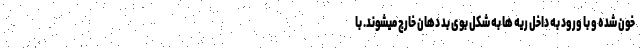
خون شده و با ورود به داخل ریه ها به شکل بوی بد دهان خارج میشوند. با